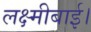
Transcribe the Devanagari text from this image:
लक्ष्मीबाई।